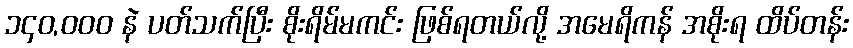
၁၄၀,၀၀၀ နဲ ပတ်သက်ပြီး စိုးရိမ်မကင်း ဖြစ်ရတယ်လို့ အမေရိကန် အစိုးရ ထိပ်တန်း